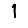
Digit: 1